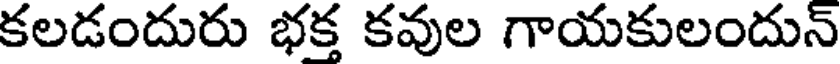
కలడందురు భక్త కవుల గాయకులందున్